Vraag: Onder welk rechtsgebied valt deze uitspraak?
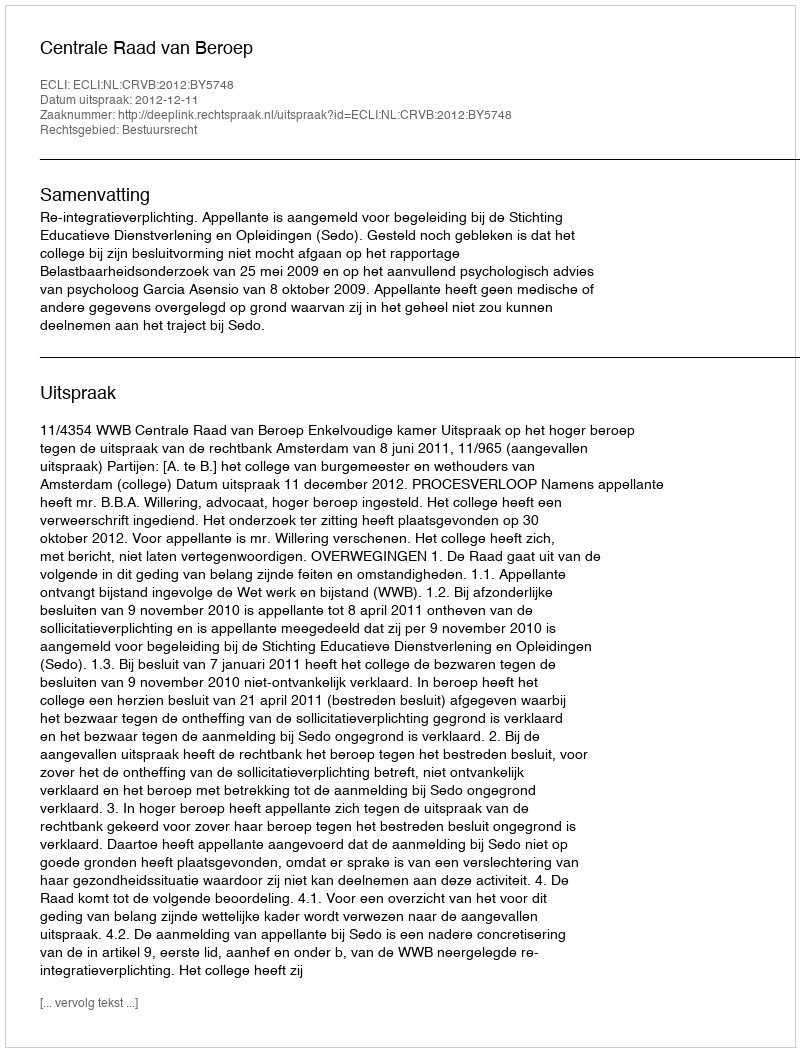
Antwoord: Bestuursrecht